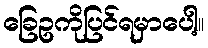
ခြေဥကိုပြင်ရမှာပေါ့။